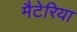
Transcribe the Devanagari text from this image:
मैटेरिया